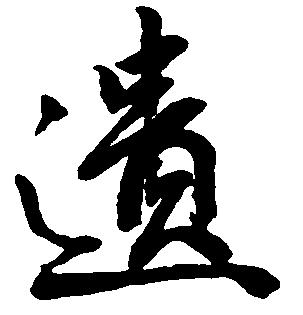
遺